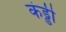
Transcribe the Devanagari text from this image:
कंड्डी